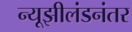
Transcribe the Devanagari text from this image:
न्यूझीलंडनंतर